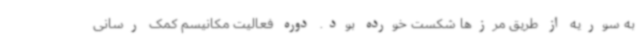
به سوریه از طریق مرزها شکست خورده بود. دوره فعالیت مکانیسم کمک رسانی